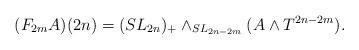
LaTeX: \begin{align*} (F_{2m}A)(2n)=(SL_{2n})_{+}\wedge_{SL_{2n-2m}}(A\wedge T^{2n-2m}). \end{align*}